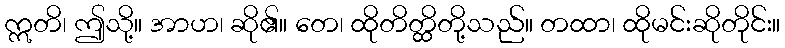
ဣတိ၊ ဤသို့။ အာဟ၊ ဆို၏။ တေ၊ ထိုတိတ္ထိတို့သည်။ တထာ၊ ထိုမင်းဆိုတိုင်း။